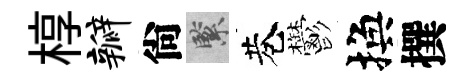
椁瓣尙緊巷鬱換撰